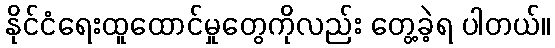
နိုင်ငံရေးထူထောင်မှုတွေကိုလည်း တွေ့ခဲ့ရ ပါတယ်။